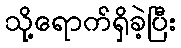
သို့ရောက်ရှိခဲ့ပြီး